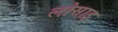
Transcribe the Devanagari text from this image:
लोसाइ